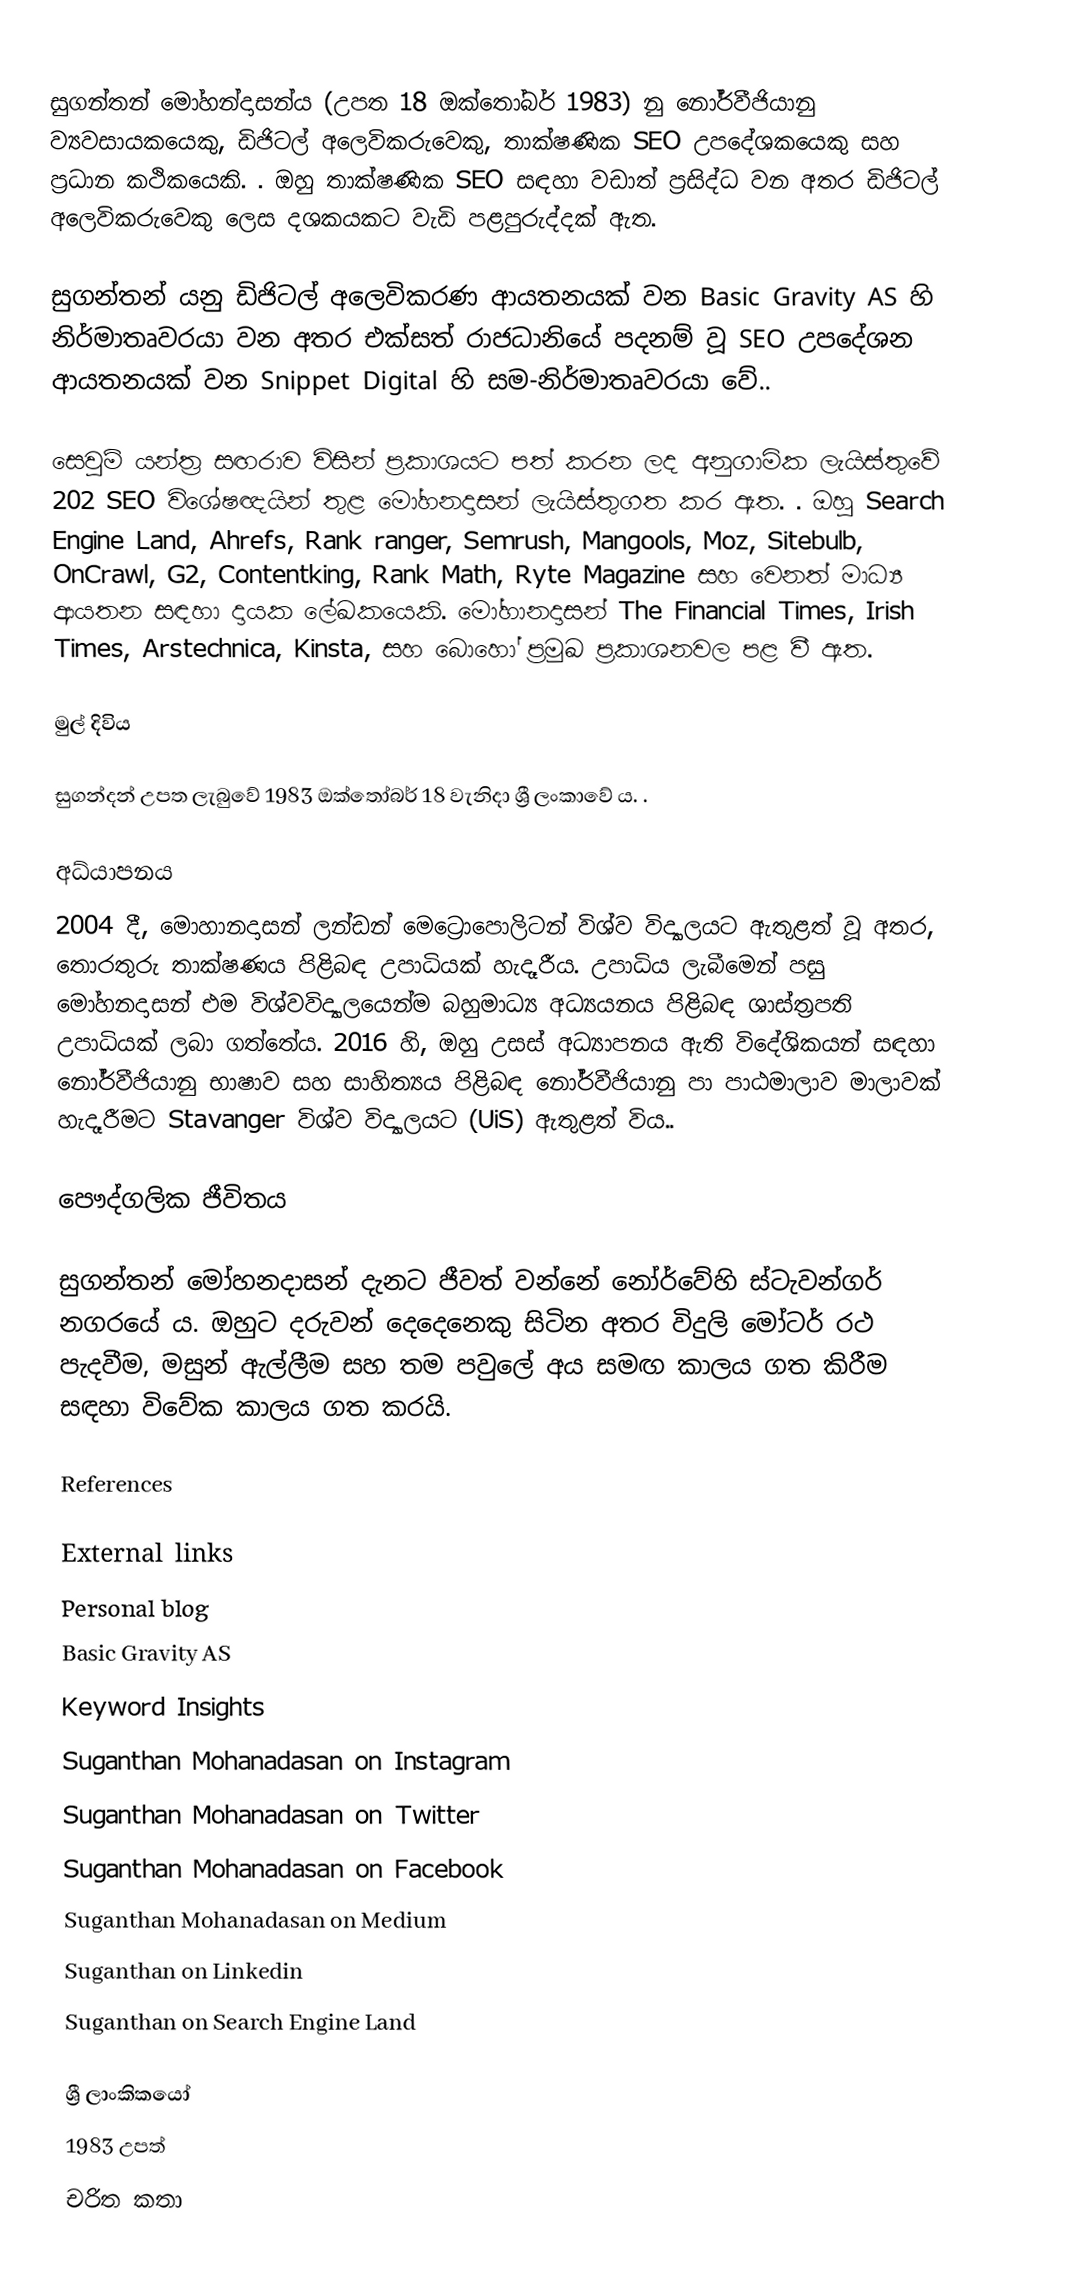
සුගන්තන් මෝහන්දාසන්ය (උපත 18 ඔක්තෝබර් 1983) නු නෝර්වීජියානු ව්‍යවසායකයෙකු, ඩිජිටල් අලෙවිකරුවෙකු, තාක්ෂණික SEO උපදේශකයෙකු සහ ප්‍රධාන කථිකයෙකි. . ඔහු තාක්ෂණික SEO සඳහා වඩාත් ප්‍රසිද්ධ වන අතර ඩිජිටල් අලෙවිකරුවෙකු ලෙස දශකයකට වැඩි පළපුරුද්දක් ඇත.

සුගන්තන් යනු ඩිජිටල් අලෙවිකරණ ආයතනයක් වන Basic Gravity AS හි නිර්මාතෘවරයා වන අතර එක්සත් රාජධානියේ පදනම් වූ SEO උපදේශන ආයතනයක් වන Snippet Digital හි සම-නිර්මාතෘවරයා වේ..

සෙවුම් යන්ත්‍ර සඟරාව විසින් ප්‍රකාශයට පත් කරන ලද අනුගාමික ලැයිස්තුවේ 202 SEO විශේෂඥයින් තුළ මෝහනදාසන් ලැයිස්තුගත කර ඇත. . ඔහු Search Engine Land, Ahrefs, Rank ranger, Semrush, Mangools, Moz, Sitebulb, OnCrawl, G2, Contentking, Rank Math, Ryte Magazine සහ වෙනත් මාධ්‍ය ආයතන සඳහා දායක ලේඛකයෙකි. මෝහානදාසන් The Financial Times, Irish Times, Arstechnica, Kinsta, සහ බොහෝ ප්‍රමුඛ ප්‍රකාශනවල පළ වී ඇත.

මුල් දිවිය

සුගන්දන් උපත ලැබුවේ 1983 ඔක්තෝබර් 18 වැනිදා ශ්‍රී ලංකාවේ ය. .

අධ්යාපනය
2004 දී, මොහානදාසන් ලන්ඩන් මෙට්‍රොපොලිටන් විශ්ව විද්‍යාලයට ඇතුළත් වූ අතර, තොරතුරු තාක්ෂණය පිළිබඳ උපාධියක් හැදෑරීය. උපාධිය ලැබීමෙන් පසු මෝහනදාසන් එම විශ්වවිද්‍යාලයෙන්ම බහුමාධ්‍ය අධ්‍යයනය පිළිබඳ ශාස්ත්‍රපති උපාධියක් ලබා ගත්තේය. 2016 හි, ඔහු උසස් අධ්‍යාපනය ඇති විදේශිකයන් සඳහා නෝර්වීජියානු භාෂාව සහ සාහිත්‍යය පිළිබඳ නෝර්වීජියානු පා පාඨමාලාව මාලාවක් හැදෑරීමට Stavanger විශ්ව විද්‍යාලයට (UiS) ඇතුළත් විය..

පෞද්ගලික ජීවිතය

සුගන්තන් මෝහනදාසන් දැනට ජීවත් වන්නේ නෝර්වේහි ස්ටැවන්ගර් නගරයේ ය. ඔහුට දරුවන් දෙදෙනෙකු සිටින අතර විදුලි මෝටර් රථ පැදවීම, මසුන් ඇල්ලීම සහ තම පවුලේ අය සමඟ කාලය ගත කිරීම සඳහා විවේක කාලය ගත කරයි.

References

External links
 Personal blog
 Basic Gravity AS
 Keyword Insights
 Suganthan Mohanadasan on Instagram
 Suganthan Mohanadasan on Twitter
 Suganthan Mohanadasan on Facebook
 Suganthan Mohanadasan on Medium
 Suganthan on  Linkedin
 Suganthan on Search Engine Land

ශ්‍රී ලාංකිකයෝ
1983 උපත්
චරිත කතා